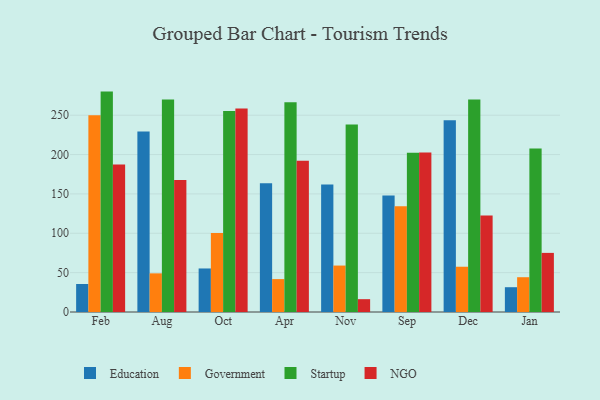
{"axis": {"x": "Month", "y": "Waste Production (Tons)"}, "legend": ["Education", "Government", "NGO", "Startup"], "data": [{"x": "Feb", "y": 35.6, "type": "Education"}, {"x": "Feb", "y": 250.1, "type": "Government"}, {"x": "Feb", "y": 280.0, "type": "Startup"}, {"x": "Feb", "y": 187.5, "type": "NGO"}, {"x": "Aug", "y": 229.3, "type": "Education"}, {"x": "Aug", "y": 49.1, "type": "Government"}, {"x": "Aug", "y": 269.9, "type": "Startup"}, {"x": "Aug", "y": 167.7, "type": "NGO"}, {"x": "Oct", "y": 55.3, "type": "Education"}, {"x": "Oct", "y": 100.4, "type": "Government"}, {"x": "Oct", "y": 255.5, "type": "Startup"}, {"x": "Oct", "y": 258.5, "type": "NGO"}, {"x": "Apr", "y": 163.6, "type": "Education"}, {"x": "Apr", "y": 41.8, "type": "Government"}, {"x": "Apr", "y": 266.5, "type": "Startup"}, {"x": "Apr", "y": 192.2, "type": "NGO"}, {"x": "Nov", "y": 162.0, "type": "Education"}, {"x": "Nov", "y": 59.0, "type": "Government"}, {"x": "Nov", "y": 238.3, "type": "Startup"}, {"x": "Nov", "y": 16.3, "type": "NGO"}, {"x": "Sep", "y": 147.9, "type": "Education"}, {"x": "Sep", "y": 134.4, "type": "Government"}, {"x": "Sep", "y": 202.4, "type": "Startup"}, {"x": "Sep", "y": 202.7, "type": "NGO"}, {"x": "Dec", "y": 243.6, "type": "Education"}, {"x": "Dec", "y": 57.5, "type": "Government"}, {"x": "Dec", "y": 270.0, "type": "Startup"}, {"x": "Dec", "y": 122.6, "type": "NGO"}, {"x": "Jan", "y": 31.5, "type": "Education"}, {"x": "Jan", "y": 44.2, "type": "Government"}, {"x": "Jan", "y": 207.8, "type": "Startup"}, {"x": "Jan", "y": 75.1, "type": "NGO"}]}